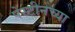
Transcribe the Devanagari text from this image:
पेस्टीनच्या